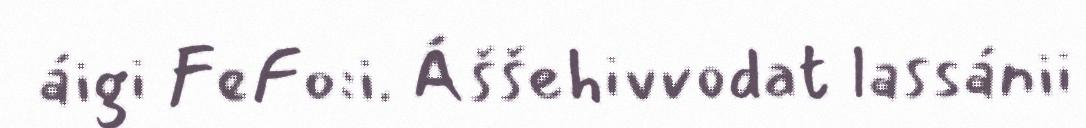
áigi FeFo:i. Áššehivvodat lassánii